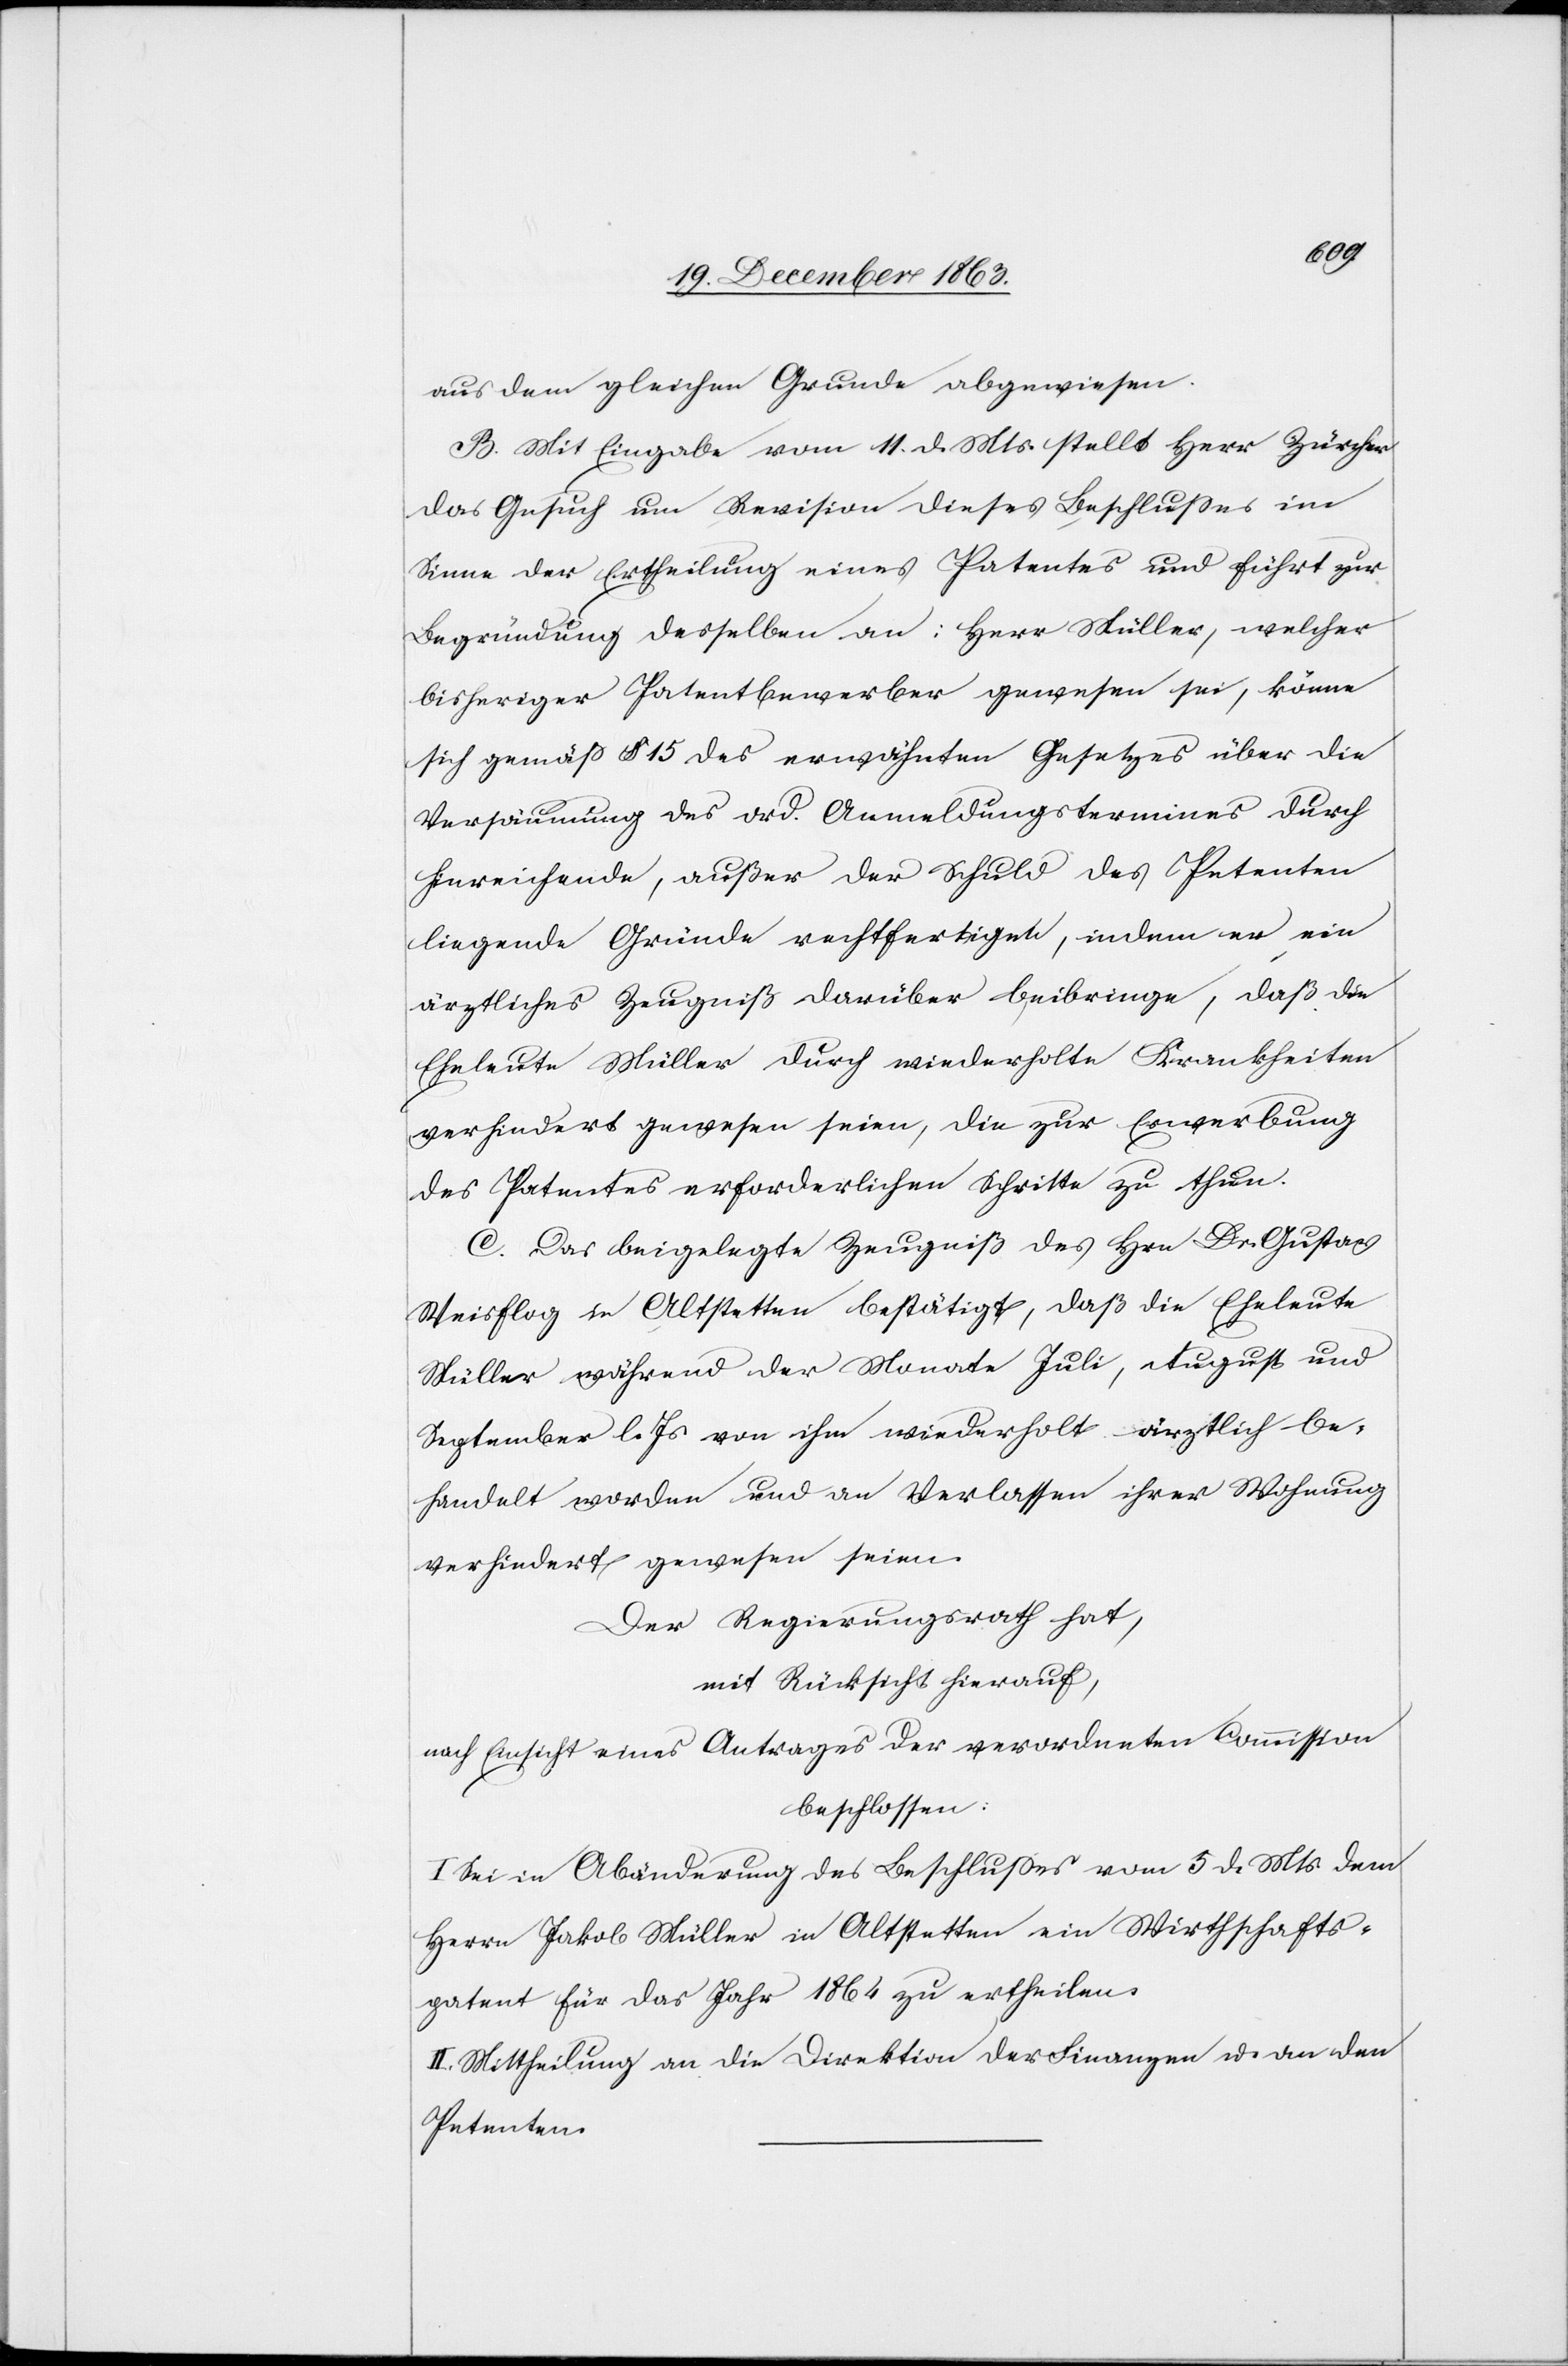
aus dem gleichen Grunde abgewiesen.
B. Mit Eingabe vom 11. d. Mts. stellt Herr Zürcher
das Gesuch um Revision dieses Beschlusses im
Sinne der Ertheilung eines Patentes und führt zur
Begründung desselben an: Herr Müller, welcher
bisheriger Patentbewerber gewesen sei, könne
sich gemäß § 15 des erwähnten Gesetzes über die
Versäumung des ord. Anmeldungstermines durch
hinreichende, außer der Schuld des Petenten
liegende Gründe rechtfertigen, indem er, ein
ärztliches Zeugniß darüber beibringe, daß die
Eheleute Müller durch wiederholte Krankheiten
verhindert gewesen seien, die zur Erwerbung
des Patentes erforderlichen Schritte zu thun.
C. Das beigelegte Zeugniß des Hrn Dr. Gustav
Weisflog in Altstetten bestätigt, daß die Eheleute
Müller während der Monate Juli, August und
September l. Js. von ihm wiederholt ärztlich be¬
handelt worden und an Verlassen ihrer Wohnung
verhindert gewesen seien.
Der Regierungsrath hat,
mit Rücksicht hierauf,
nach Einsicht eines Antrages der verordneten Commission
beschlossen:
I. Sei in Abänderung des Beschlusses vom 5. d. Mts. dem
Herrn Jakob Müller in Altstetten ein Wirthschafts¬
patent für das Jahr 1864 zu ertheilen.
II. Mittheilung an die Direktion der Finanzen u. an den
Petenten.